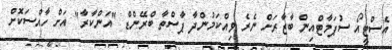
އެސްޓީއޯ ސުޕަމާޓްއިން ބާޒާރަށް ނެރެ ވިއްކަމުންދާ ޕާސްތާ ބްރޭންޑް "އަންކާރާ" އަށް ހާއްސަކޮށް